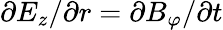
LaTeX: \partial E_{z}/\partial r=\partial B_{\varphi}/\partial t